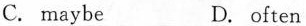
C.maybe D. often